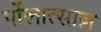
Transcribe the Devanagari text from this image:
पोंलात्साज़